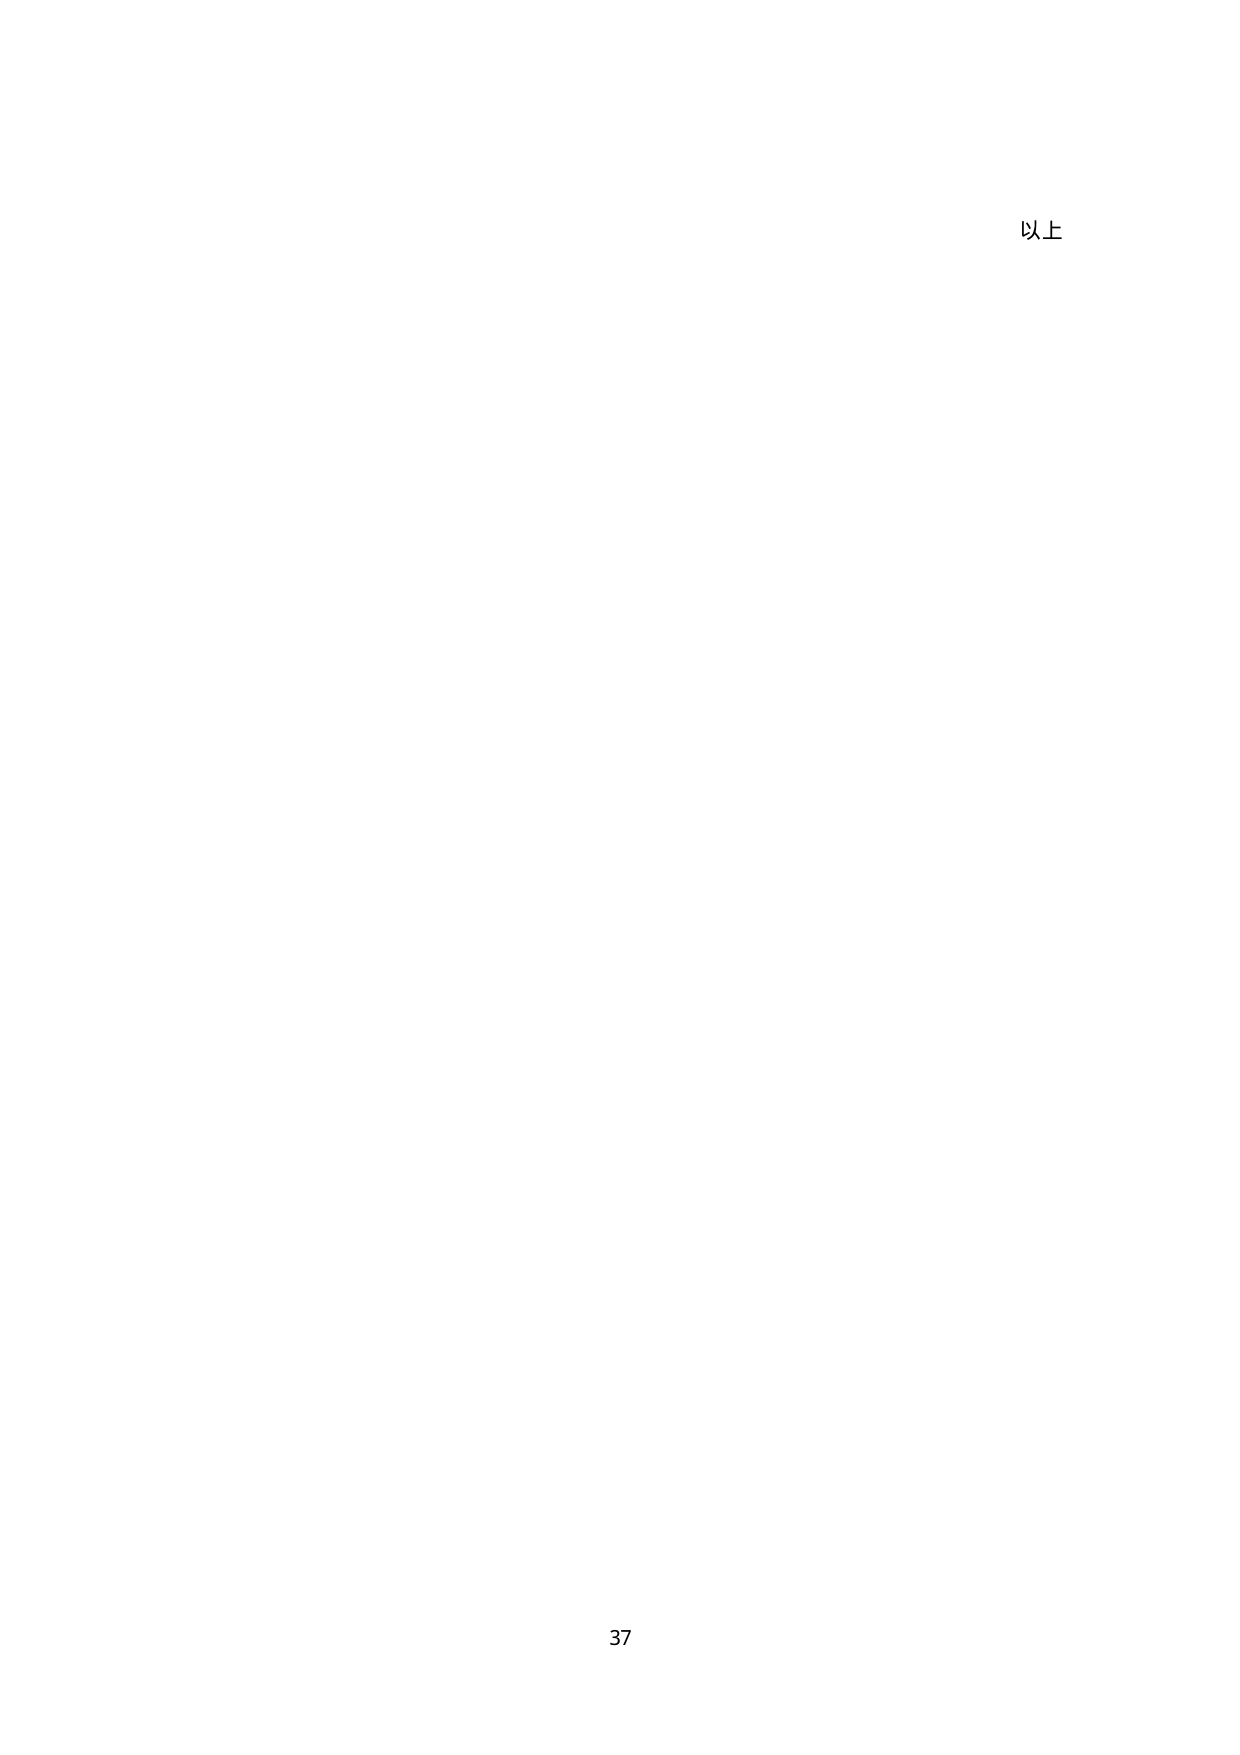
以上

37